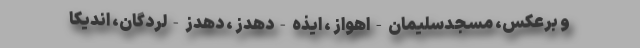
و برعکس، مسجدسلیمان - اهواز ، ایذه - دهدز ، دهدز - لردگان، اندیکا